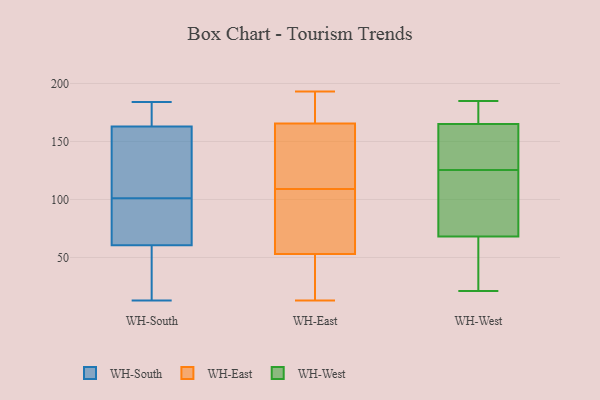
{"axis": {"x": "Inventory Turnover", "y": "Value"}, "legend": ["WH-East", "WH-South", "WH-West"], "data": [{"x": "", "y": 15, "type": "WH-South"}, {"x": "", "y": 77, "type": "WH-South"}, {"x": "", "y": 156, "type": "WH-South"}, {"x": "", "y": 86, "type": "WH-South"}, {"x": "", "y": 99, "type": "WH-South"}, {"x": "", "y": 103, "type": "WH-South"}, {"x": "", "y": 13, "type": "WH-South"}, {"x": "", "y": 158, "type": "WH-South"}, {"x": "", "y": 184, "type": "WH-South"}, {"x": "", "y": 168, "type": "WH-South"}, {"x": "", "y": 44, "type": "WH-South"}, {"x": "", "y": 168, "type": "WH-South"}, {"x": "", "y": 53, "type": "WH-East"}, {"x": "", "y": 177, "type": "WH-East"}, {"x": "", "y": 137, "type": "WH-East"}, {"x": "", "y": 109, "type": "WH-East"}, {"x": "", "y": 193, "type": "WH-East"}, {"x": "", "y": 155, "type": "WH-East"}, {"x": "", "y": 36, "type": "WH-East"}, {"x": "", "y": 74, "type": "WH-East"}, {"x": "", "y": 98, "type": "WH-East"}, {"x": "", "y": 94, "type": "WH-East"}, {"x": "", "y": 53, "type": "WH-East"}, {"x": "", "y": 21, "type": "WH-East"}, {"x": "", "y": 147, "type": "WH-East"}, {"x": "", "y": 176, "type": "WH-East"}, {"x": "", "y": 13, "type": "WH-East"}, {"x": "", "y": 191, "type": "WH-East"}, {"x": "", "y": 162, "type": "WH-East"}, {"x": "", "y": 117, "type": "WH-West"}, {"x": "", "y": 134, "type": "WH-West"}, {"x": "", "y": 70, "type": "WH-West"}, {"x": "", "y": 59, "type": "WH-West"}, {"x": "", "y": 165, "type": "WH-West"}, {"x": "", "y": 172, "type": "WH-West"}, {"x": "", "y": 149, "type": "WH-West"}, {"x": "", "y": 102, "type": "WH-West"}, {"x": "", "y": 43, "type": "WH-West"}, {"x": "", "y": 185, "type": "WH-West"}, {"x": "", "y": 56, "type": "WH-West"}, {"x": "", "y": 21, "type": "WH-West"}, {"x": "", "y": 171, "type": "WH-West"}, {"x": "", "y": 170, "type": "WH-West"}, {"x": "", "y": 145, "type": "WH-West"}, {"x": "", "y": 160, "type": "WH-West"}, {"x": "", "y": 80, "type": "WH-West"}, {"x": "", "y": 68, "type": "WH-West"}]}